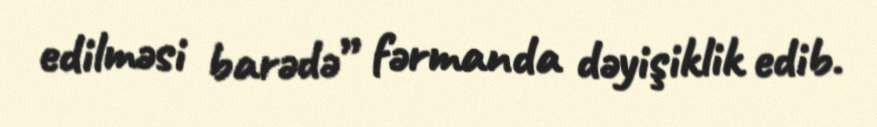
edilməsi barədə” fərmanda dəyişiklik edib.